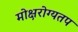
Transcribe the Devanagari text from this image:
मोक्षरोग्यतप